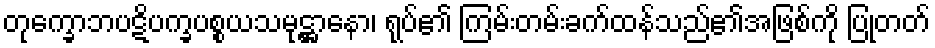
တုက္ခောဘပဋိပက္ခပစ္စယသမုဋ္ဌာနော၊ ရုပ်၏ ကြမ်းတမ်းခက်ထန်သည်၏အဖြစ်ကို ပြုတတ်